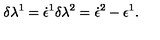
\delta \lambda ^ { 1 } = \dot { \epsilon } ^ { 1 } \delta \lambda ^ { 2 } = \dot { \epsilon } ^ { 2 } - \epsilon ^ { 1 } .